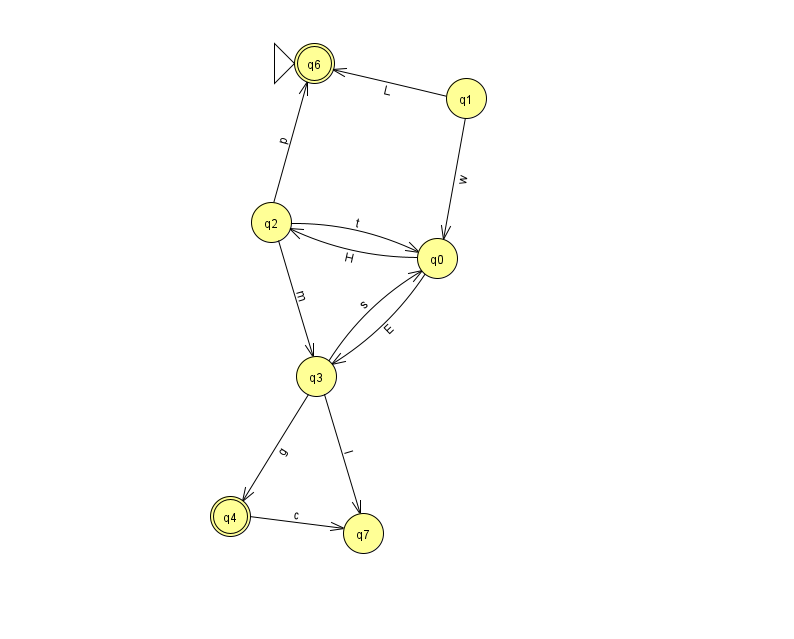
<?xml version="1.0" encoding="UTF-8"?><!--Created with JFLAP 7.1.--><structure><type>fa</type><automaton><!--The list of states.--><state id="0" name="q0"><x>437.0</x><y>245.0</y></state><state id="1" name="q1"><x>466.0</x><y>85.0</y></state><state id="2" name="q2"><x>271.0</x><y>209.0</y></state><state id="3" name="q3"><x>316.0</x><y>363.0</y></state><state id="4" name="q4"><x>230.0</x><y>503.0</y><final/></state><state id="6" name="q6"><x>314.0</x><y>50.0</y><initial/><final/></state><state id="7" name="q7"><x>363.0</x><y>520.0</y></state><!--The list of transitions.--><transition><from>2</from><to>6</to><read>p</read></transition><transition><from>2</from><to>3</to><read>m</read></transition><transition><from>3</from><to>0</to><read>s</read></transition><transition><from>0</from><to>2</to><read>H</read></transition><transition><from>0</from><to>3</to><read>E</read></transition><transition><from>2</from><to>0</to><read>t</read></transition><transition><from>4</from><to>7</to><read>c</read></transition><transition><from>1</from><to>6</to><read>L</read></transition><transition><from>1</from><to>0</to><read>w</read></transition><transition><from>3</from><to>4</to><read>g</read></transition><transition><from>3</from><to>7</to><read>l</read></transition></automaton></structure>